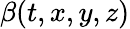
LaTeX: \beta(t,x,y,z)